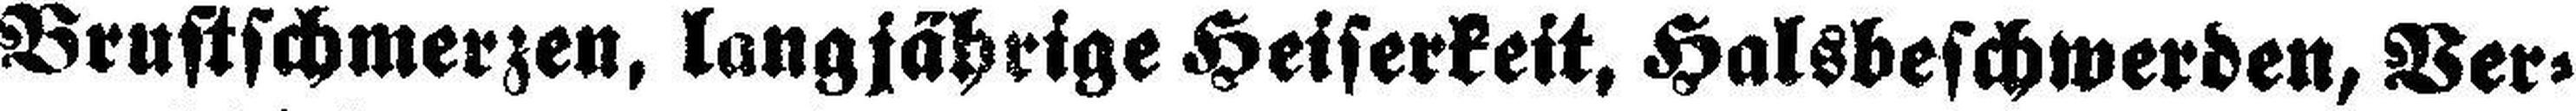
Brustschmerzen, langjährige Heiserkeit, Halsbeschwerden, Ver¬